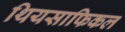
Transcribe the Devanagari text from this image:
थियसाफिकल